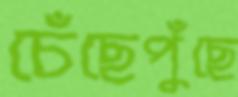
চেঁছেপুঁছে